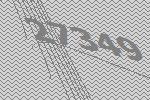
27349